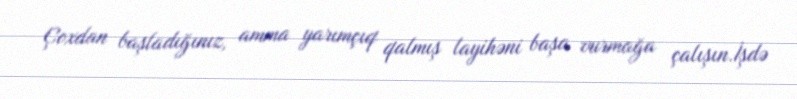
Çoxdan başladığınız, amma yarımçıq qalmış layihəni başa vurmağa çalışın.İşdə